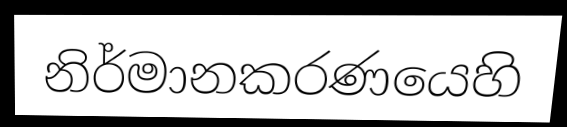
නිර්මානකරණයෙහි